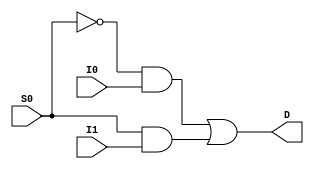
//I used 2x1 mux to get 8x1 mux 

module my_mux2X1(
	input I0,
	input I1,
	input S0,
	output D

);

//D= S0'I0 + S0I1
wire not1;
wire and1;
wire and2;

not m0(not1, S0);
and m1(and1, not1, I0);
and m2(and2, S0, I1);
or m3(D, and1, and2);

endmodule